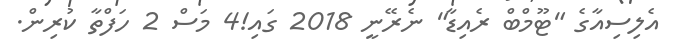
އެލިސިއާގެ "ޓޫމްބް ރެއިޑާ" ނެރޭނީ 2018 ގައި!4 މަސް 2 ހަފްތާ ކުރިން.